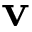
\mathbf { v }